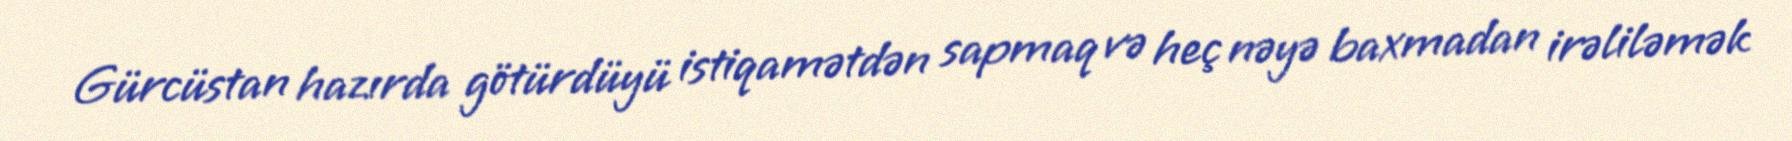
Gürcüstan hazırda götürdüyü istiqamətdən sapmaq və heç nəyə baxmadan irəliləmək